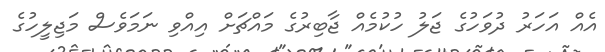
އެއް އަހަރު ދުވަހުގެ ޖަލު ހުކުމެއް ޖާބިރުގެ މައްޗަށް އިއްވި ނަމަވެސް މަޖިލީހުގެ